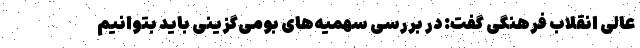
عالی انقلاب فرهنگی گفت: در بررسی سهمیه‌های بومی‌گزینی باید بتوانیم